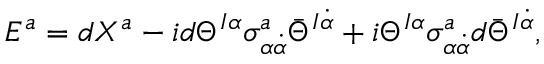
E ^ { a } = d X ^ { a } - i d \Theta ^ { I \alpha } \sigma _ { \alpha \dot { \alpha } } ^ { a } \bar { \Theta } ^ { I \dot { \alpha } } + i \Theta ^ { I \alpha } \sigma _ { \alpha \dot { \alpha } } ^ { a } d \bar { \Theta } ^ { I \dot { \alpha } } ,